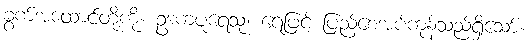
ခွက်အထောင်တို့ကို။ ဥဒကပူရေသု၊ ရေဖြင့် ပြည့်စေအပ်ကုန်သည်ရှိသော်။